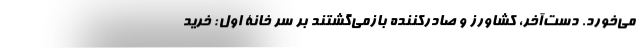
می‌خورد. دست‌آخر، کشاورز و صادرکننده بازمی‌گشتند بر سر خانۀ اول: خرید